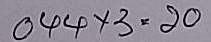
044 x 3 = 20